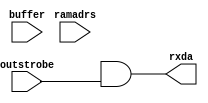
module retrieve ( outstrobe, ramadrs , rxda, buffer );

    parameter counter_size = 0;
    parameter buffer_size = 0;

    // Define block I/O's
    input  outstrobe ;
    input [(counter_size * 2):0] ramadrs;
    output rxda;
    input [buffer_size-1:0] buffer;

    // Define wires for connecting wires.
    wire  outstrobe, rxda;
    wire [(counter_size * 2):0] ramadrs;
    wire [buffer_size-1:0] buffer;

    // Define Register types for storage
    reg rd0a;

    //
    // Produces the decode logic which pointers
    // to each location of the shift register.
    //
    always @ (buffer or ramadrs[counter_size-1:0] )
    begin: retriever
        integer i;
        i = ramadrs[counter_size-1:0];
        rd0a <= buffer[i] ;
    end

    // Assignment of receive data
    assign rxda = rd0a && outstrobe;

endmodule